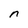
Character: n